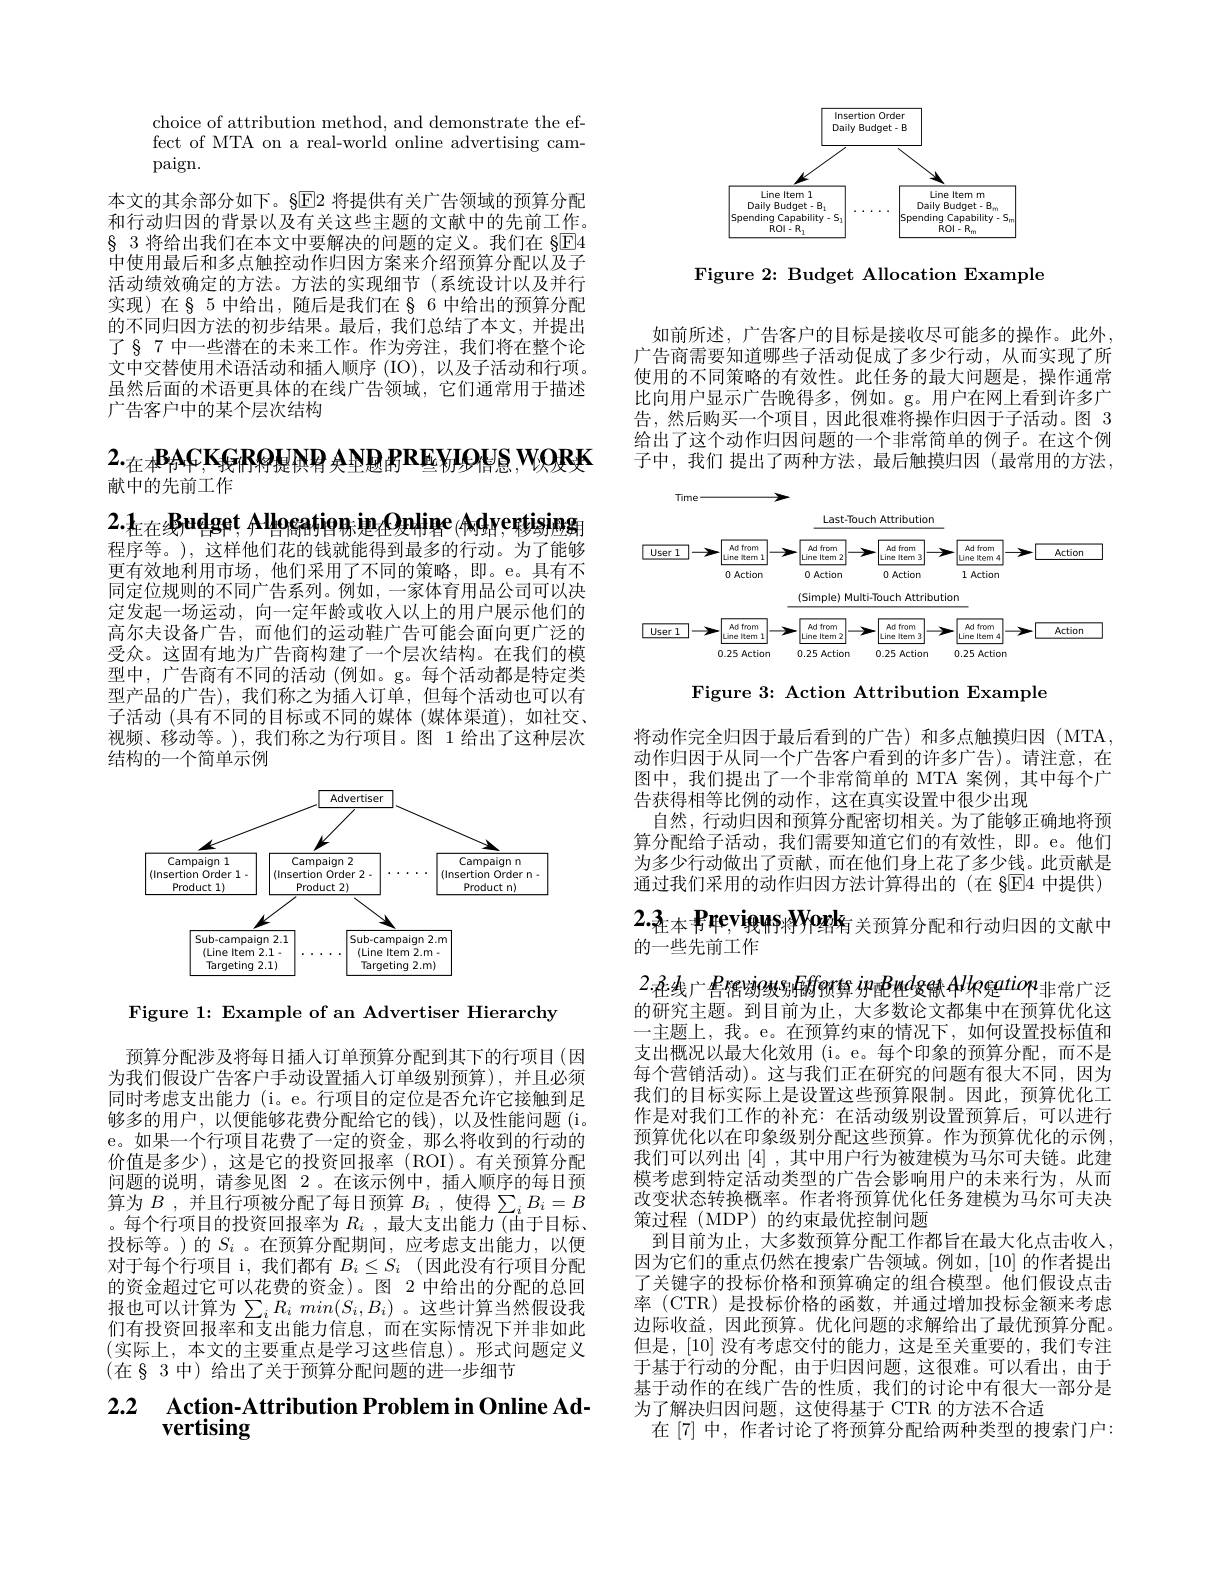
choice of attribution method, and demonstrate the effect of MTA on a real-world online advertising campaign.

本文的其余部分如下。§E2 将提供有关广告领域的预算分配和行动归因的背景以及有关这些主题的文献中的先前工作。$\S$ 3 将给出我们在本文中要解决的问题的定义。我们在 §E4中使用最后和多点触控动作归因方案来介绍预算分配以及子活动绩效确定的方法。方法的实现细节(系统设计以及并行实现)在§ 5 中给出，随后是我们在§ 6 中给出的预算分配的不同归因方法的初步结果。最后，我们总结了本文，并提出了§ 7 中一些潜在的未来工作。作为旁注，我们将在整个论文中交替使用术语活动和插人顺序(IO),以及子活动和行项。虽然后面的术语更具体的在线广告领域，它们通常用于描述广告客户中的某个层次结构

# $2._\text{在本}{\text{ВАС,КЯСРЯ Н АР АР ВВ ЕУIОЧ S, WOЮК}}$ 献中的先前工作

$2. 1_\text{在 在 多 udget, Allocaț ior ed}$Ontine (Adyertisjen 程序等。), 这样他们花的钱就能得到最多的行动。为了能够更有效地利用市场，他们采用了不同的策略，即。e。具有不同定位规则的不同广告系列。例如，一家体育用品公司可以决定发起一场运动，向一定年龄或收入以上的用户展示他们的高尔夫设备广告，而他们的运动鞋广告可能会面向更广泛的受众。这固有地为广告商构建了一个层次结构。在我们的模型中，广告商有不同的活动 (例如。g。每个活动都是特定类型产品的广告),我们称之为插人订单，但每个活动也可以有子活动 (具有不同的目标或不同的媒体 (媒体渠道),如社交. 视频、移动等。),我们称之为行项目。图 1 给出了这种层次结构的一个简单示例

<FigureHere>

Figure 1: Example of an Advertiser Hierarchy

预算分配涉及将每日插人订单预算分配到其下的行项目(因为我们假设广告客户手动设置插人订单级别预算),并且必须同时考虑支出能力 (i。e。行项目的定位是否允许它接触到足够多的用户，以便能够花费分配给它的钱),以及性能问题(i。e。如果一个行项目花费了一定的资金，那么将收到的行动的价值是多少),这是它的投资回报率(ROI)。有关预算分配问题的说明，请参见图 2。在该示例中，插人顺序的每日预算为$B$,并且行项被分配了每日预算$B_i$,使得$\sum_iB_i=B$ 。每个行项目的投资回报率为$R_i$ ,最大支出能力(由于目标、 投标等。)的$S_i$ 。在预算分配期间，应考虑支出能力，以便对于每个行项目 i, 我们都有 $B_i\leq S_i$ (因此没有行项目分配的资金超过它可以花费的资金)。图 2 中给出的分配的总回报也可以计算为$\sum_iR_imin(S_i,B_i)$。这些计算当然假设我们有投资回报率和支出能力信息，而在实际情况下并非如此(实际上，本文的主要重点是学习这些信息)。形式问题定义$(在§3中)$给出了关于预算分配问题的进一步细节

## 2.2 $\textbf{Action- Attribution Problem in Online Ad- }$ vertising

<FigureHere>

Figure 2: Budget Allocation Example

如前所述，广告客户的目标是接收尽可能多的操作。此外， 广告商需要知道哪些子活动促成了多少行动，从而实现了所使用的不同策略的有效性。此任务的最大问题是，操作通常比向用户显示广告晚得多，例如。g。用户在网上看到许多广告，然后购买一个项目，因此很难将操作归因于子活动。图 3给出了这个动作归因问题的一个非常简单的例子。在这个例子中，我们 提出了两种方法，最后触摸归因(最常用的方法，

<FigureHere>

Figure 3: Action Attribution Example

将动作完全归因于最后看到的广告)和多点触摸归因(MTA, 动作归因于从同一个广告客户看到的许多广告)。请注意，在图中，我们提出了一个非常简单的 MTA 案例，其中每个广告获得相等比例的动作，这在真实设置中很少出现
自然，行动归因和预算分配密切相关。为了能够正确地将预算分配给子活动，我们需要知道它们的有效性，即。e。他们为多少行动做出了贡献，而在他们身上花了多少钱。此贡献是通过我们采用的动作归因方法计算得出的(在 §E4 中提供)

$2.3_\text{在本}{\text{Previous将York}}_\text{关预算分配和行动归因的文献中}$
的一些先前工作

$2\cdot$在线广县1839级务166701年$i$9184119年199年119年100年100年100年100的研究主题。到目前为止，大多数论文都集中在预算优化这一主题上，我。e。在预算约束的情况下，如何设置投标值和支出概况以最大化效用 (i。e。每个印象的预算分配，而不是每个营销活动)。这与我们正在研究的问题有很大不同，因为我们的目标实际上是设置这些预算限制。因此，预算优化工作是对我们工作的补充：在活动级别设置预算后，可以进行预算优化以在印象级别分配这些预算。作为预算优化的示例， 我们可以列出[4],其中用户行为被建模为马尔可夫链。此建模考虑到特定活动类型的广告会影响用户的未来行为，从而改变状态转换概率。作者将预算优化任务建模为马尔可夫决策过程 (MDP) 的约束最优控制问题
到目前为止，大多数预算分配工作都旨在最大化点击收入， 因为它们的重点仍然在搜索广告领域。例如，[10]的作者提出了关键字的投标价格和预算确定的组合模型。他们假设点击率 (CTR) 是投标价格的函数，并通过增加投标金额来考虑边际收益，因此预算。优化问题的求解给出了最优预算分配。但是，[10]没有考虑交付的能力，这是至关重要的，我们专注于基于行动的分配，由于归因问题，这很难。可以看出，由于基于动作的在线广告的性质，我们的讨论中有很大一部分是为了解决归因问题，这使得基于 CTR 的方法不合适
在[7]中，作者讨论了将预算分配给两种类型的搜索门户：